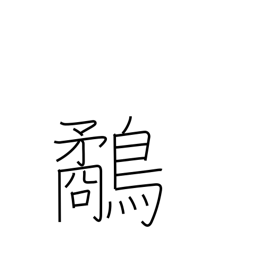
Meaning: snipe